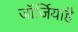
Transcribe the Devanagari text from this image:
जॉर्जियाहै